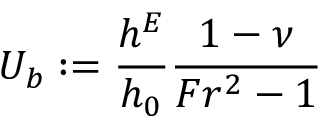
U _ { b } : = \frac { h ^ { E } } { h _ { 0 } } \frac { 1 - \nu } { F r ^ { 2 } - 1 }